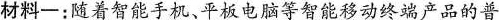
材料-：随着智能手机、平板电脑等智能移动终端产品的普